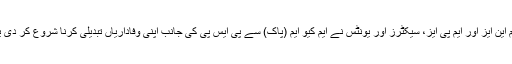
چند ماہ میں ایم کیو ایم کے کئی ایم این ایز اور ایم پی ایز، سیکٹرز اور یونٹس نے ایم کیو ایم (پاک) سے پی ایس پی کی جانب اپنی وفاداریاں تبدیلی کرنا شروع کر دی یا بیرونِ ملک جانے کا فیصلہ کیا۔